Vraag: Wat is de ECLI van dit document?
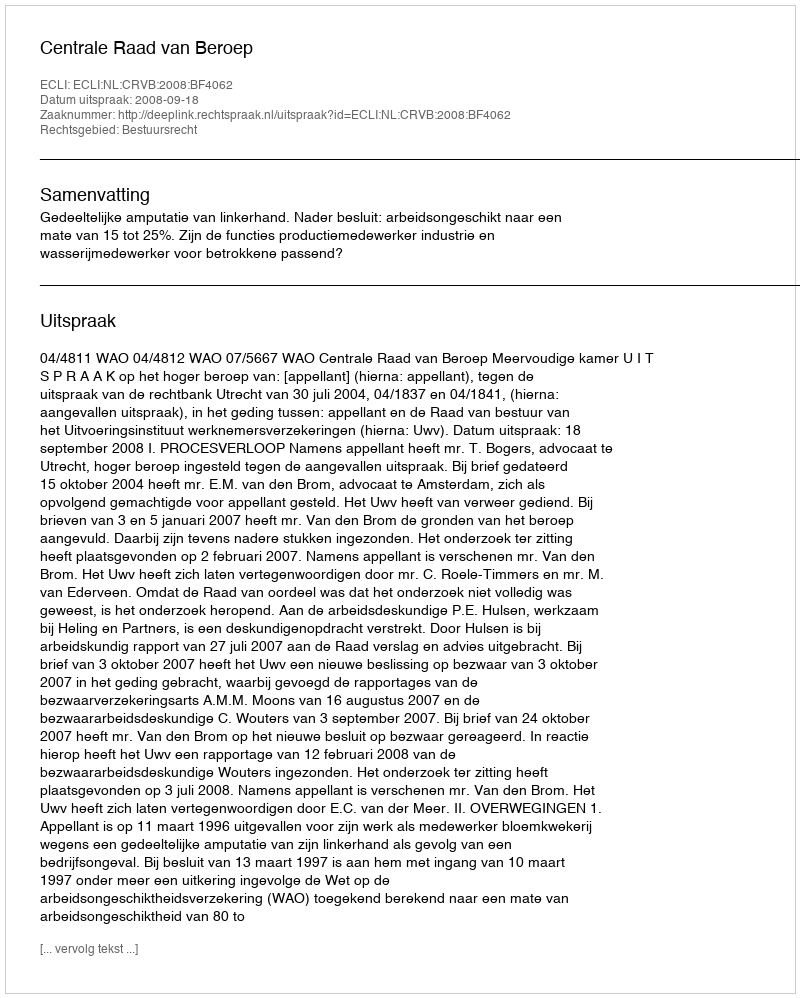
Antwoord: ECLI:NL:CRVB:2008:BF4062